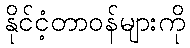
နိုင်ငံ့တာဝန်များကို